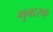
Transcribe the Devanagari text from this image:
मुबारक्